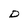
Character: D